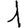
Digit: 1